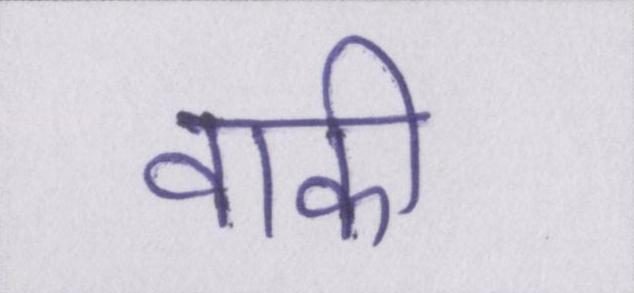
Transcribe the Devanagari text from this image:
वाकी